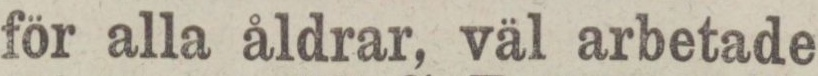
för alla åldrar, väl arbetade